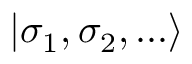
\left| { \sigma _ { 1 } , \sigma _ { 2 } , \dots } \right>